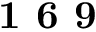
\textbf { 1 6 9 }